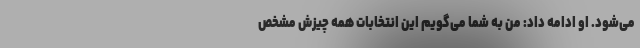
می‌شود. او ادامه داد: من به شما می‌گویم این انتخابات همه چیزش مشخص